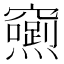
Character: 𮄢